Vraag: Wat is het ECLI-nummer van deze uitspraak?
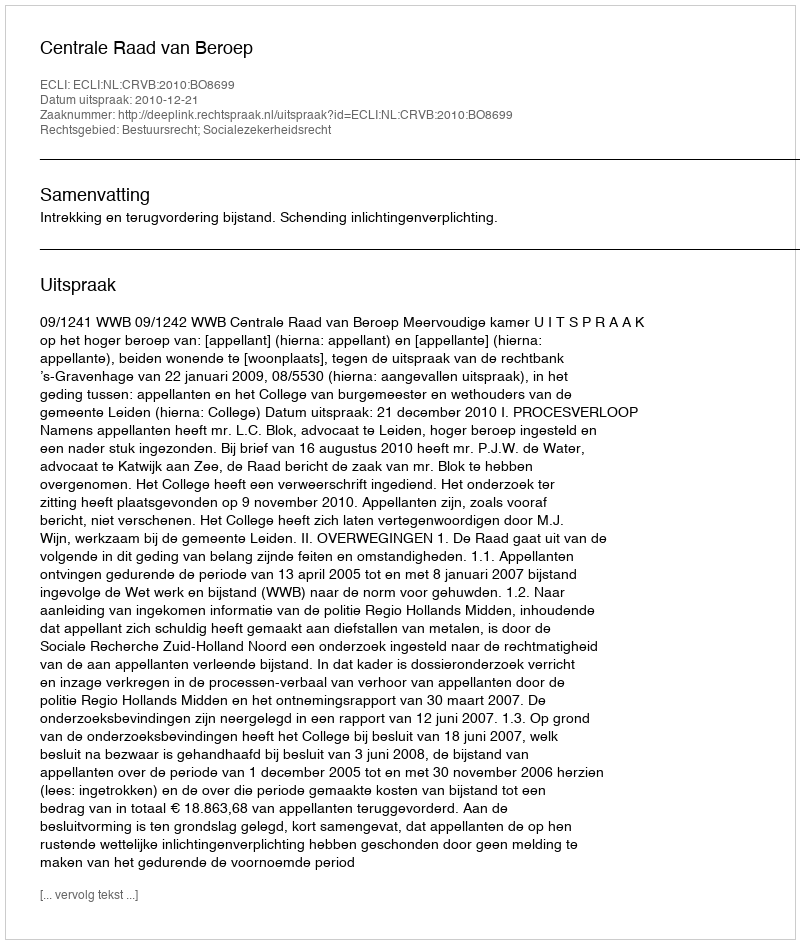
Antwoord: ECLI:NL:CRVB:2010:BO8699